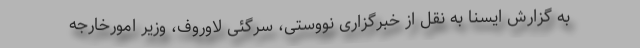
به گزارش ایسنا به نقل از خبرگزاری نووستی، سرگئی لاوروف، وزیر امورخارجه